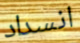
انسداد